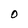
Character: O